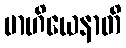
ဗာဟိယေနာတိ